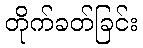
တိုက်ခတ်ခြင်း